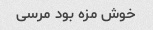
خوش مزه بود مرسی